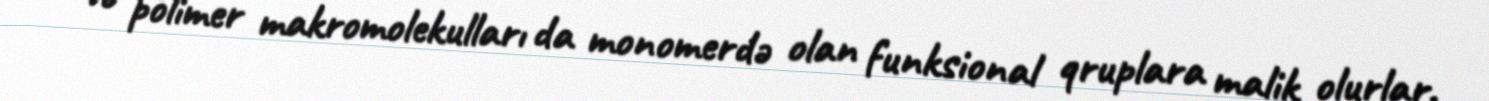
və polimer makromolekulları da monomerdə olan funksional qruplara malik olurlar.